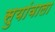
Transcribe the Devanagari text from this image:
सुयांवाला